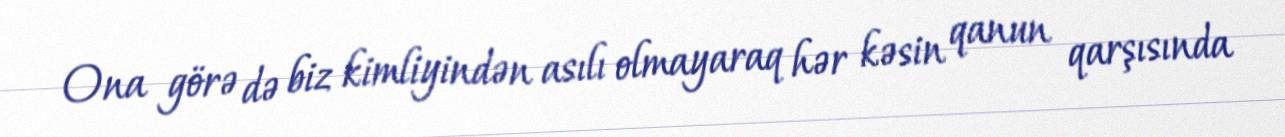
Ona görə də biz kimliyindən asılı olmayaraq hər kəsin qanun qarşısında